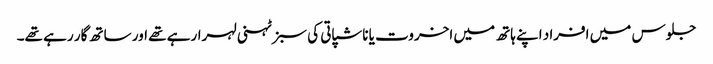
جلوس میں افراد اپنے ہاتھ میں اخروت یا ناشپاتی کی سبز ٹہنی لہرارہے تھے اور ساتھ گار رہے تھے۔